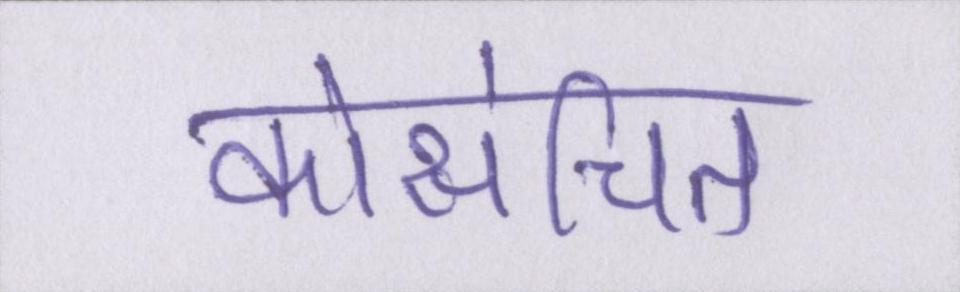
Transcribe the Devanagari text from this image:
कोसंचित